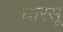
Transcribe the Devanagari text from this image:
धारसू